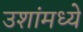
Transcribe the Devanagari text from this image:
उशांमध्ये